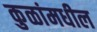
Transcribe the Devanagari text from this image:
कुळांमधील